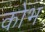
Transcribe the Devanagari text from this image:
कोंभ